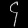
Digit: ၄